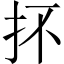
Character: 抔